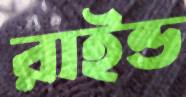
রাইন্ড